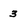
Character: 3